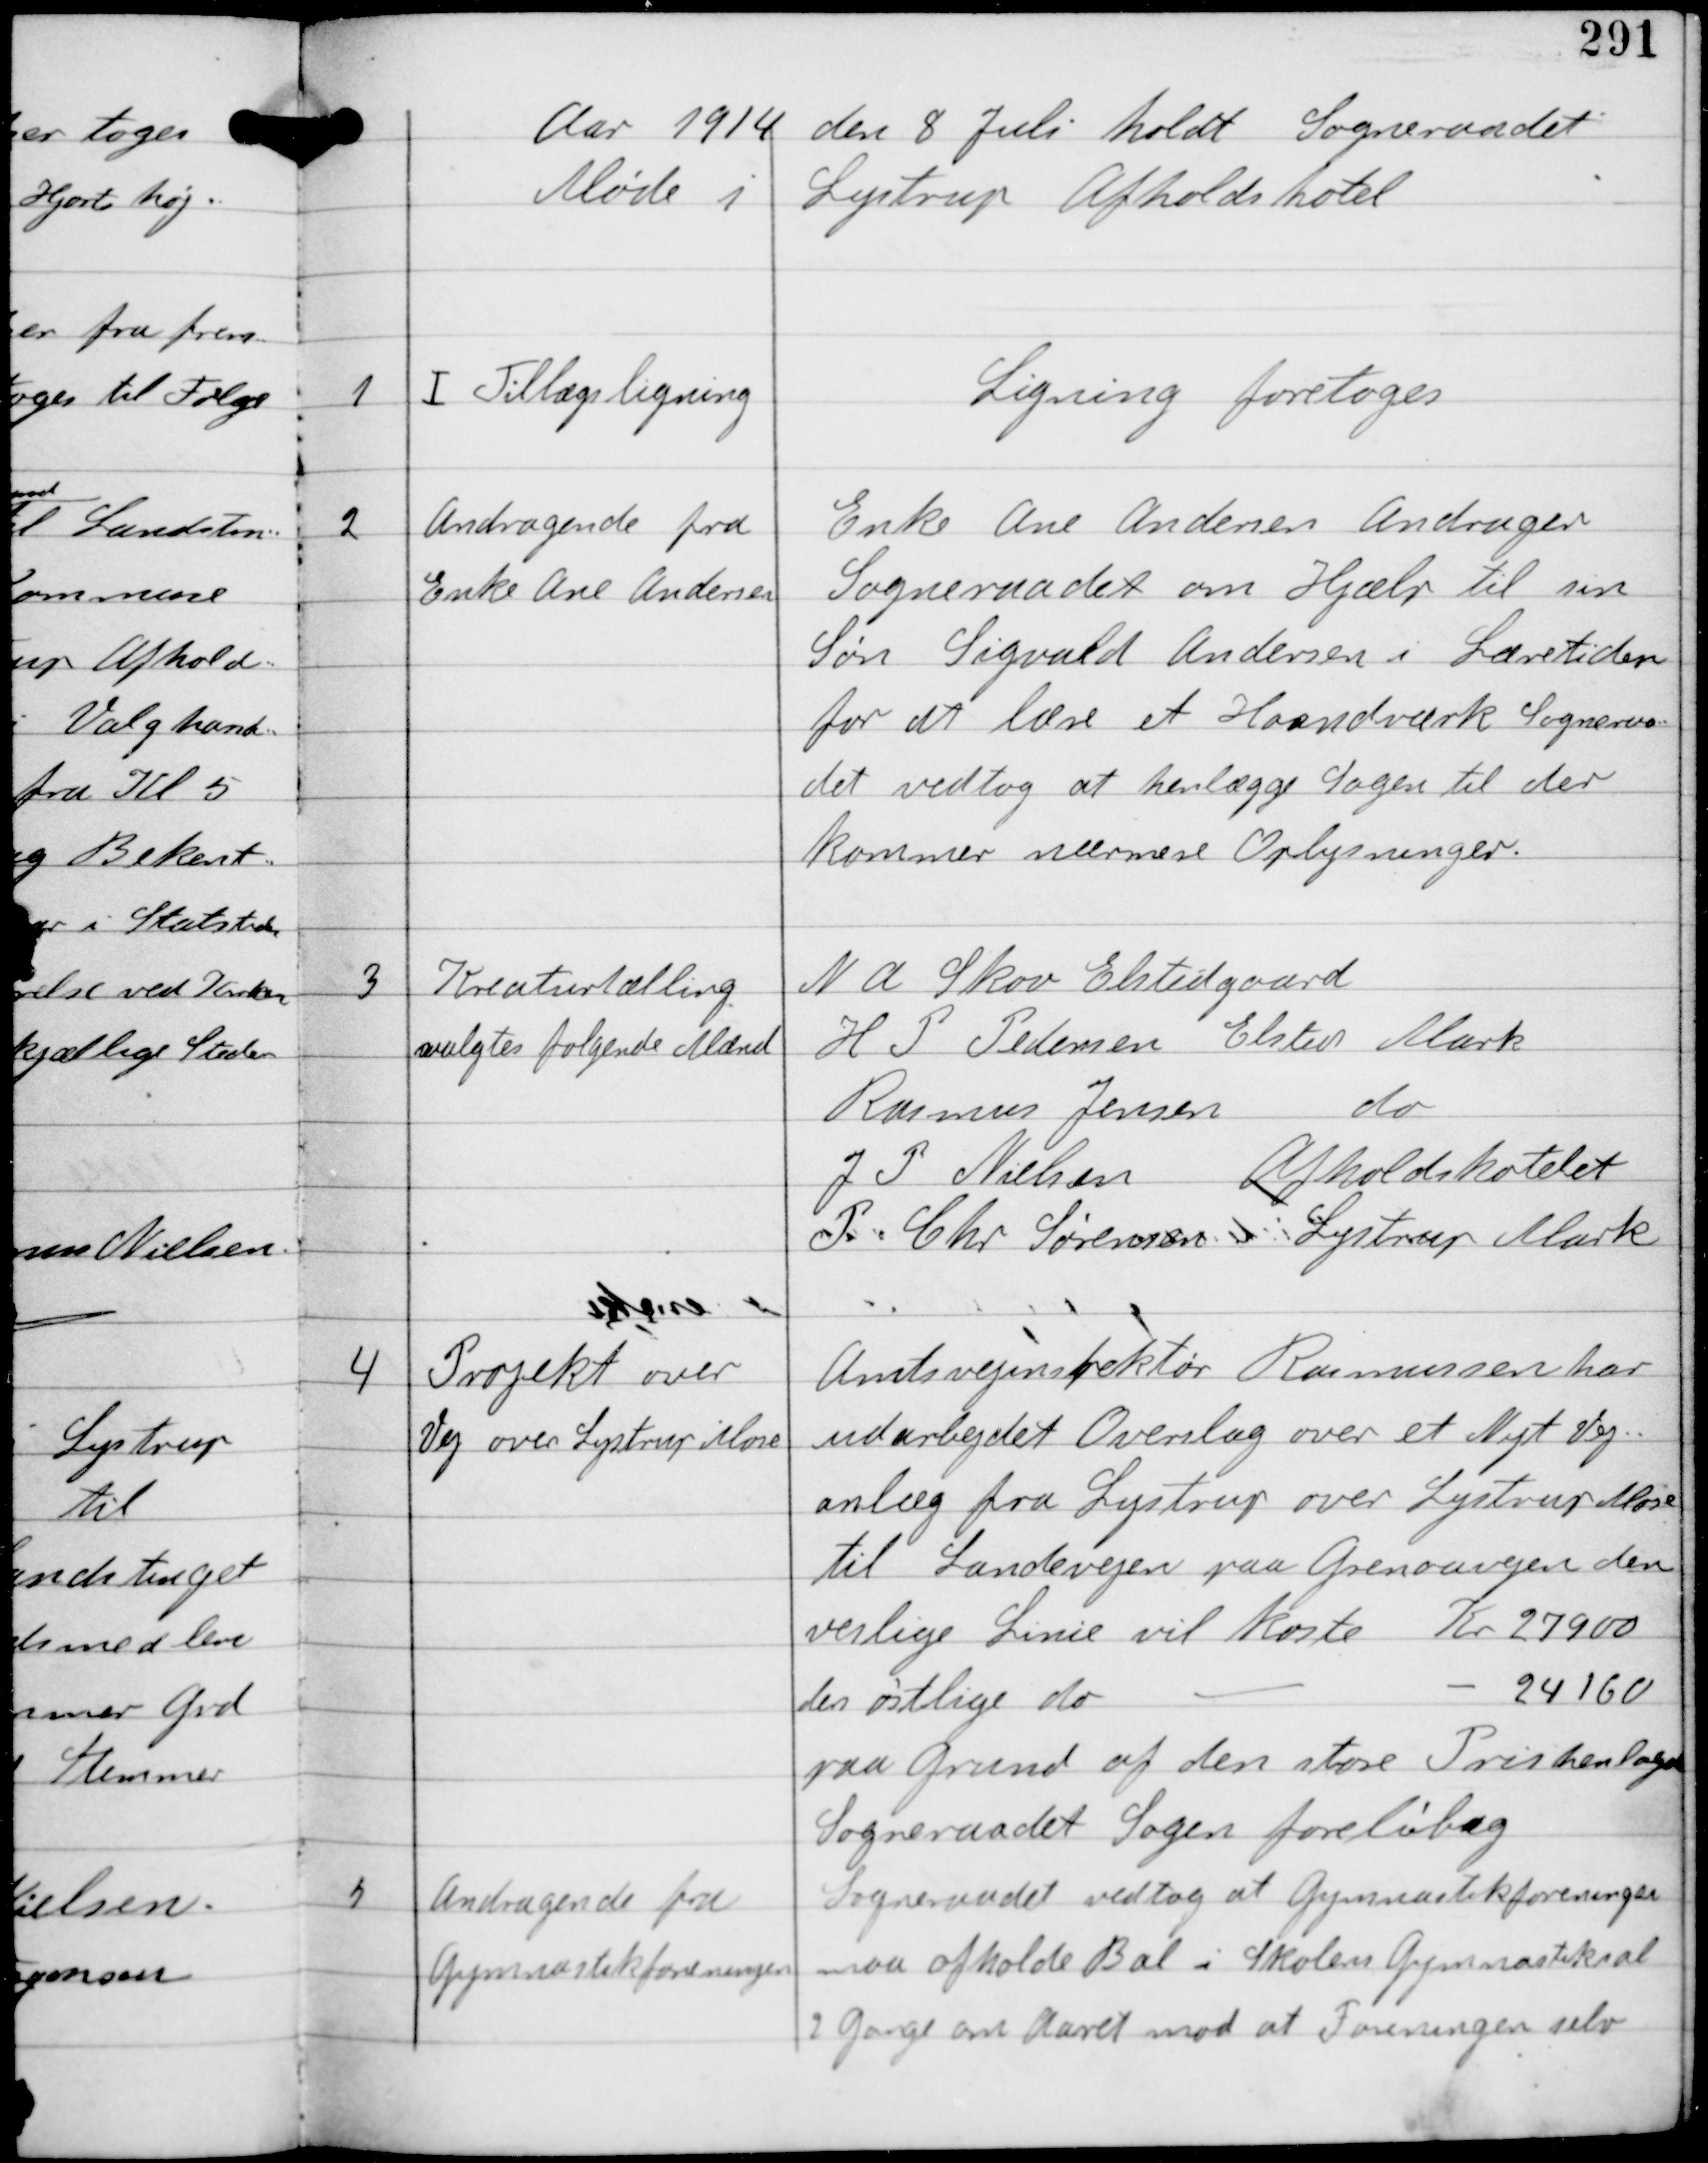
Transskription:
Aar 1914 den 8 Juli holdt Sogneraadet
Møde i Lystrup Afholdshotel

1

Ⅰ Tillægsligning

Ligning foretoges

2

Andragende fra
Enke Ane Andersen

Enke Ane Andersen Andrager
Sogneraadet om Hjælp til sin
Søn Sigvald Andersen i Læretiden
for at lære et Haandværk Sogneraa-
det vedtog at henlægge Sagen til der
kommer nærmere Oplysninger.

3

Kreaturtælling
valgtes folgende Mænd

N A Skov Elstedgaard
H P Pedersen Elsted Mark
Rasmus Jensen do
J P Nielsen Afholdshotelet
P Chr Sørensen Lystrup Mark

4

Projekt over
Vej over Lystrup Mose

Amtsvejinspektør Rasmussen har
udarbejdet Overslag over et Nyt Vej-
anlæg fra Lystrup over Lystrup Mose
til Landevejen paa Grenaavejen den
veslige Linie vil koste Kr 27900
den østlige do -
- 24160
paa Grund af den store Pris henlægger
Sogneraadet Sagen foreløbig

5

Andragende fra
Gymnastikforeningen

Sogneraadet vedtog at Gymnastikforeningen
maa afholde Bal i Skolens Gymnastiksal
2 gange om Aaret mod at Foreningen selv